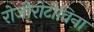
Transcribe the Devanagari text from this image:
रोजीरोटीविना